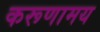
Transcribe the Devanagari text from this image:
करूणामय